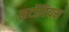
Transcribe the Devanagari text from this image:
सर्टोरियस